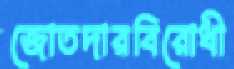
জোতদারবিরোধী